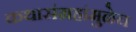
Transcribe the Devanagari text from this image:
कथासंग्रहांमुळेच